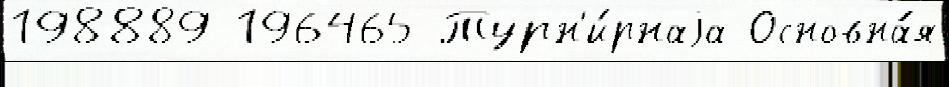
198889 196465 Турн'и́рнаjа Основна́я